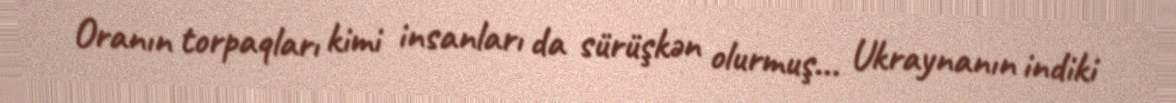
Oranın torpaqları kimi insanları da sürüşkən olurmuş... Ukraynanın indiki